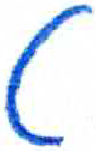
אות: ט